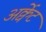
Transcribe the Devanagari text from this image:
अर्क्वेट